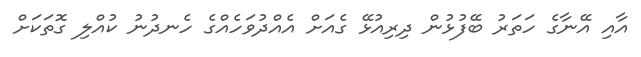
އާއި އޭނާގެ ހަތަރު ބޭފުޅުން ދިރިއުޅޭ ގެއަށް އެއްދުވަހެއްގެ ހެނދުނު ކުއްލި ގޮތަކަށް